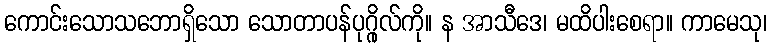
ကောင်းသောသဘောရှိသော သောတာပန်ပုဂ္ဂိုလ်ကို။ န အာသီဒေ၊ မထိပါးစေရာ။ ကာမေသု၊